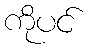
ကိုပင်